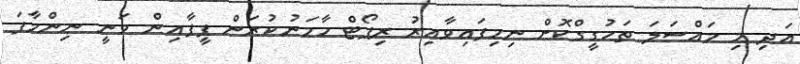
އަދި މި މައްސަލަ ތަހުގީގްކޮށް ނިމިފައިވާއިރު ރިޕޯޓް ހާމަނުކުރަން ފީފާއިން ވަނީ ނިންމާފަ